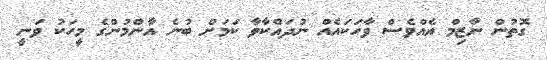
ގޮތުން ނާޒިމް އެއްވެސް ވާހަކައެއް ނުދައްކާވާ ކަމަށް ބުނެ އާންމުންގެ މީހަކު ވަނީ